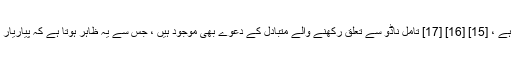
[13] [14] مختلف ذرائع نے دریا کی اصل کو چوک کمپتی مالا بتایا ہے ، [15] [16] [17] تامل ناڈو سے تعلق رکھنے والے متبادل کے دعوے بھی موجود ہیں ، جس سے یہ ظاہر ہوتا ہے کہ پیاریار کی ابتدا تامل ناڈو کے سندرمالا کی سیواگیری چوٹیوں سے ہوئی ہے۔